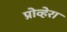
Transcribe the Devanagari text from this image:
प्रोव्हेरा